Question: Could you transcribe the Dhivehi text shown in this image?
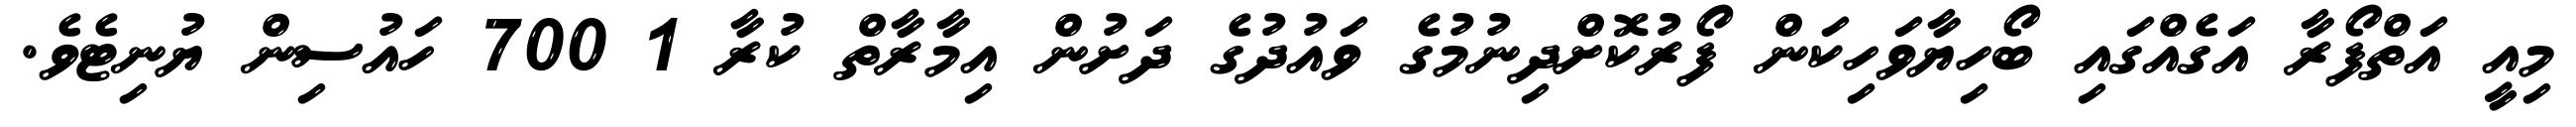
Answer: މިއީ އަތްފޯރާ އަގެއްގައި ބޯހިޔާވަހިކަން ފޯރުކޮށްދިނުމުގެ ވައުދުގެ ދަށުން އިމާރާތް ކުރާ 1 700 ހައުސިން ޔުނިޓެވެ.